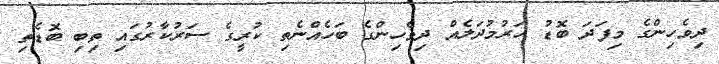
ދިވެހިންގެ މިފަދަ ބޮޑު ހަރުމުދަލެއް ދިވެހިންގެ ބަހެއްނެތި ކުރީގެ ސަރުކާރުގައި ތިބި ބޮޑެތި